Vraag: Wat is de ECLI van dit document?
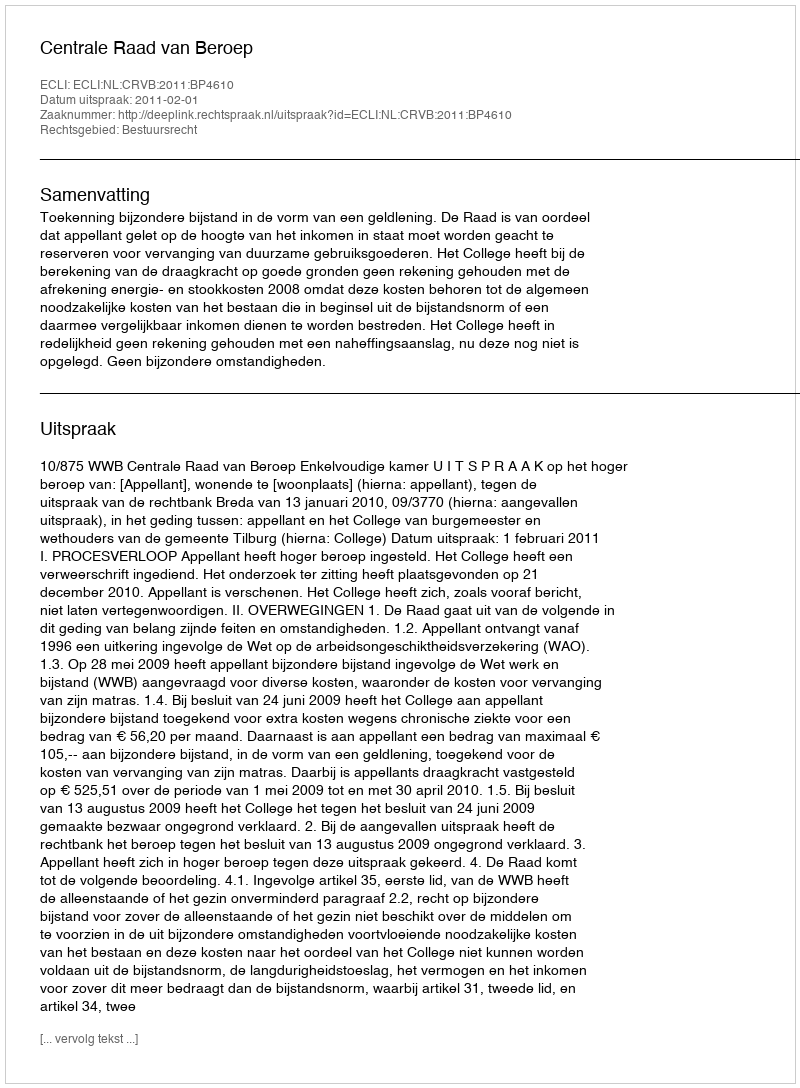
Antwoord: ECLI:NL:CRVB:2011:BP4610